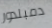
دمبلدور